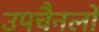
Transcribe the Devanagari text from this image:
उपचैनलों